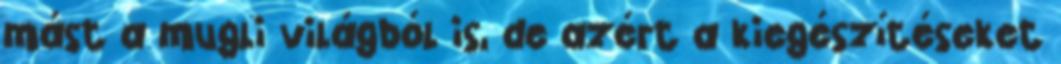
mást a mugli világból is, de azért a kiegészítéseket